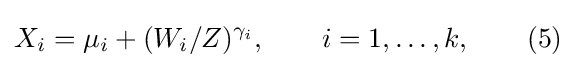
X_{i}=\mu _{i}+(W_{i}/Z)^{\gamma _{i}},\qquad i=1,\dots ,k,\qquad (5)